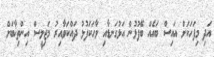
އަދި މިފަހަކަށް އައިސް ބައެއް ބޭފުޅުން އަޅުގަނޑާއި ވާހަކަފުޅު ދައްކަވާއިރު މަޖިލީސް އިންތިޚާބަށް